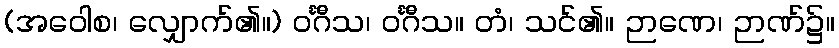
(အဝေါစ၊ လျှောက်၏။) ဝင်္ဂီသ၊ ဝင်္ဂီသ။ တံ၊ သင်၏။ ဉာဏေ၊ ဉာဏ်၌။